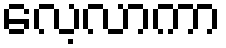
လေ့လာကာ